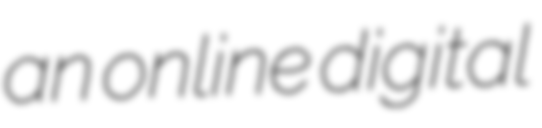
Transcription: an online digital